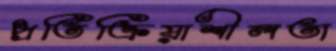
প্রতিক্রিয়াশীলতা